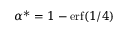
\alpha ^ { * } = 1 - \operatorname { e r f } ( 1 / 4 )